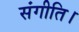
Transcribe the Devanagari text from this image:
संगीति।